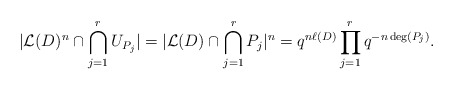
\begin{align*} \vert \mathcal{L}(D)^n \cap \bigcap_{j=1}^r U_{P_j} \vert = \vert \mathcal{L}(D) \cap \bigcap_{j=1}^r P_j \vert^n = q^{n \ell(D)} \prod_{j=1}^r q^{-n \deg(P_j)}. \end{align*}